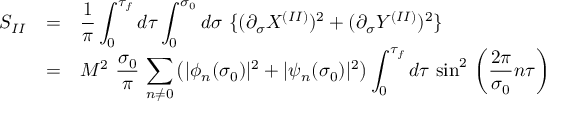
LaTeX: \begin{array} { l c l } { { S _ { I I } } } & { { = } } & { { { \displaystyle \frac { 1 } { \pi } \int _ { 0 } ^ { \tau _ { f } } d \tau \int _ { 0 } ^ { \sigma _ { 0 } } d \sigma ~ \{ ( \partial _ { \sigma } X ^ { ( I I ) } ) ^ { 2 } + ( \partial _ { \sigma } Y ^ { ( I I ) } ) ^ { 2 } \} } } } \\ { { } } & { { = } } & { { { \displaystyle M ^ { 2 } ~ \frac { \sigma _ { 0 } } { \pi } \, \sum _ { n \neq 0 } ^ { } \left( | \phi _ { n } ( \sigma _ { 0 } ) | ^ { 2 } + | \psi _ { n } ( \sigma _ { 0 } ) | ^ { 2 } \right) \int _ { 0 } ^ { \tau _ { f } } d \tau ~ { \sin } ^ { 2 } \, \left( \frac { 2 \pi } { \sigma _ { 0 } } n \tau \right) } } } \end{array}